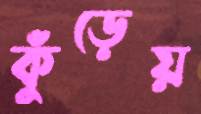
কুঁড়েয়